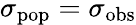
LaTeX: \sigma_{\mathrm{pop}}=\sigma_{\mathrm{obs}}